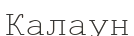
Калаун